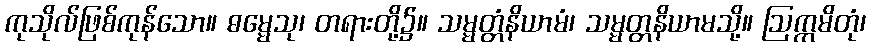
ကုသိုလ်ဖြစ်ကုန်သော။ ဓမ္မေသု၊ တရားတို့၌။ သမ္မတ္တံနိယာမံ၊ သမ္မတ္တနိယာမသို့။ ဩက္ကမိတုံ၊